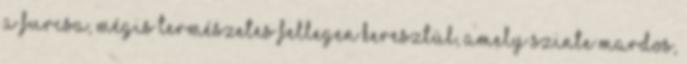
a furcsa, mégis természetes fellegen keresztül, amely szinte mardos,